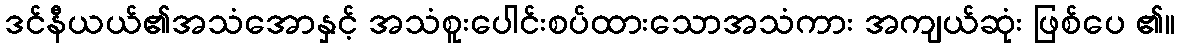
ဒင်နီယယ်၏အသံအောနှင့် အသံစူးပေါင်းစပ်ထားသောအသံကား အကျယ်ဆုံး ဖြစ်ပေ ၏။